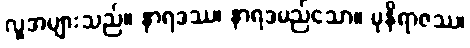
လူအများသည်။ နာရဒဿ၊ နာရဒမည်သော။ မုနိရာဇဿ၊